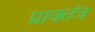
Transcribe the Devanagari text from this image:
प्राक्तंत्र